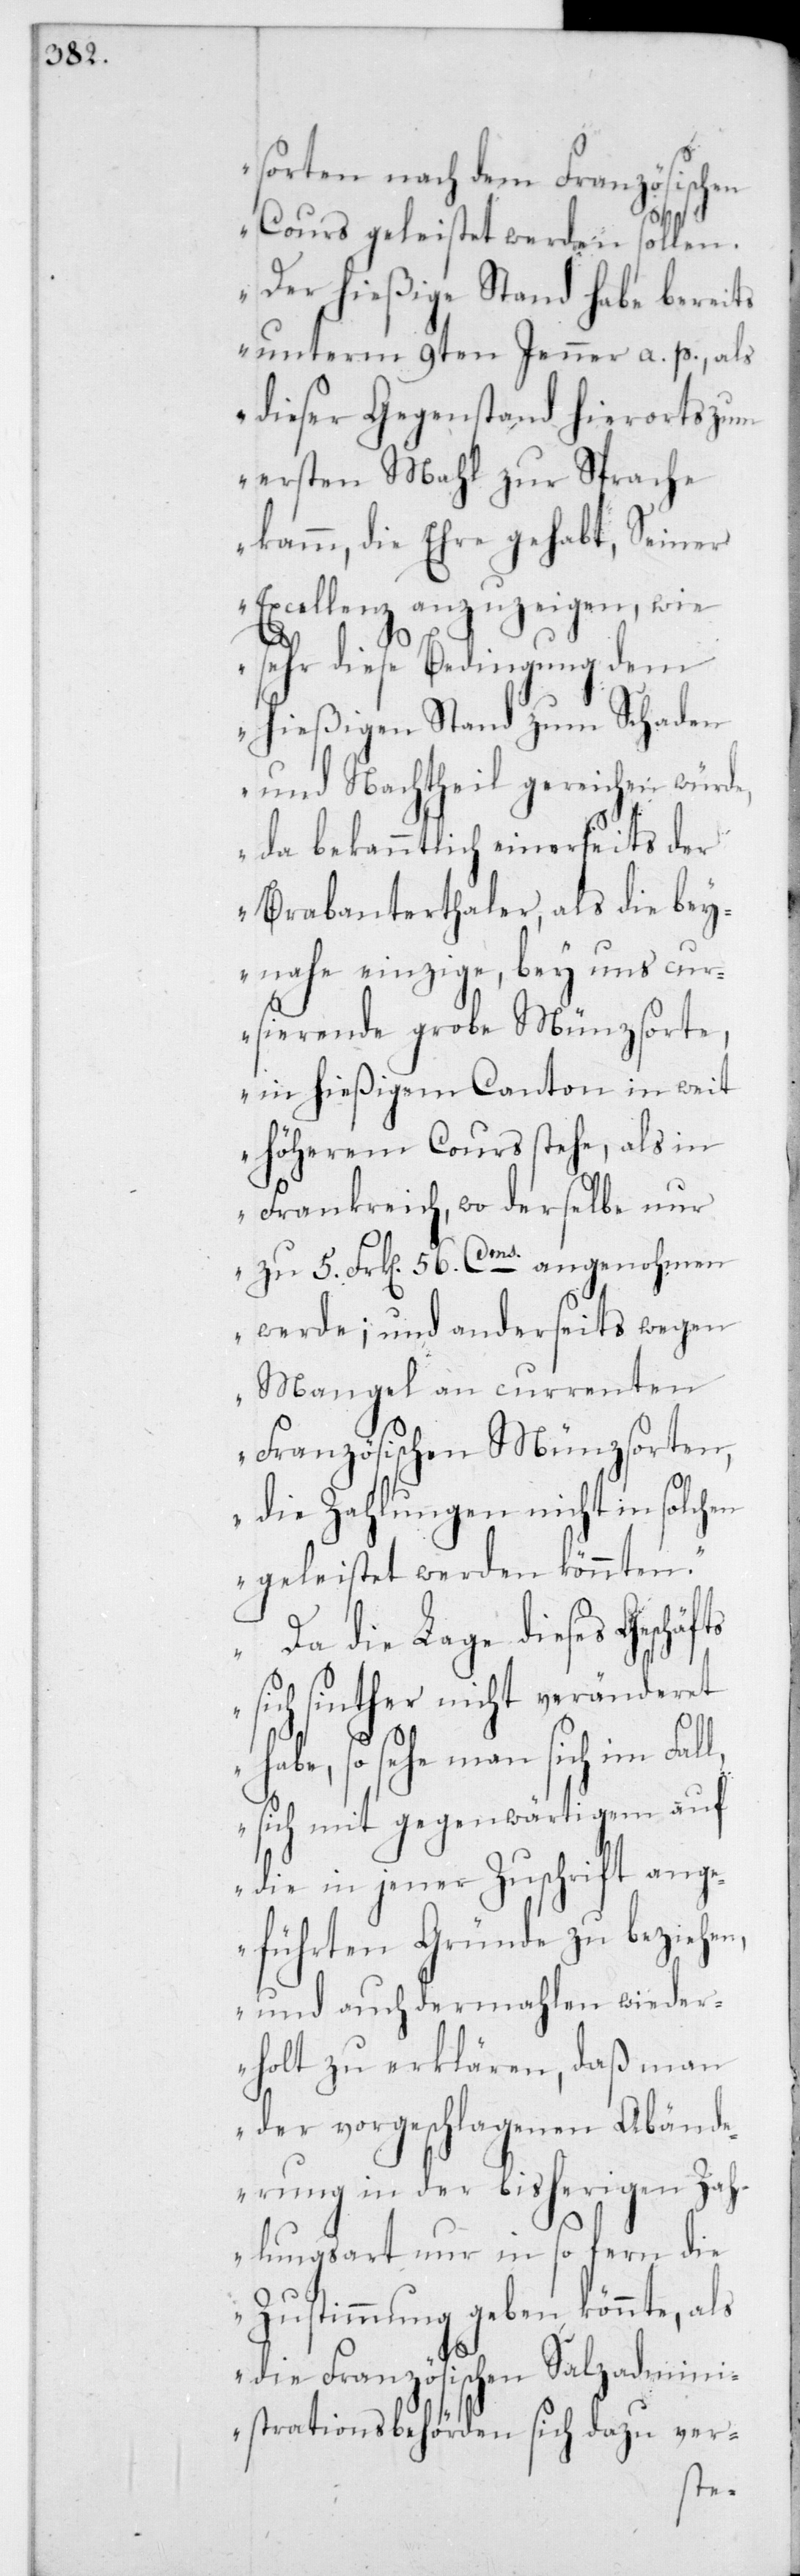
sorten nach dem Französischen
Cours geleistet werden sollen.
Der hießige Stand habe bereits
unterm 9ten Jenner a. p., als
dieser Gegenstand hierorts zum
ersten Mahl zur Sprache
kamm, die Ehre gehabt, Seiner
Excellenz anzuzeigen, wie
l,
sehr diese Bedingung dem
hießigen Stand zum Schaden
und Nachtheil gereichen würde,
da bekanntlich einerseits der
Brabanterthaler, als die bey¬
nahe einzige bey uns cur¬
sierende grobe Münzsorte,
in hießigem Canton in weit
höherem Cours stehe, als in
Frankreich, wo derselbe nur
zu 5 Fr[ken] 56 Cms angenohmen
werde; und anderseits wegen
Mangel an currenten
Französischen Münzsorten,
die Zahlungen nicht in solchen
geleistet werden könnten.
Da die Lage dieses
sich sinther nicht veränderet
habe, so sehe man sich im Fal¬
sich mit gegenwärtigem auf
die in jener Zuschrift ang¬
eführten Gründe zu beziehen,
und auch dermahlen wieder¬
holt zu erklären, daß man
der vorgeschlagenen Abänd¬
erung in der bisherigen Zah¬
lungsart nur in so fern die
Zustimmung geben könnte, als
die Französischen Salzadmin¬
istrationsbehörden sich dazu ver-